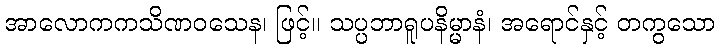
အာလောကကသိဏဝသေန၊ ဖြင့်။ သပ္ပဘာရူပနိမ္မာနံ၊ အရောင်နှင့် တကွသော